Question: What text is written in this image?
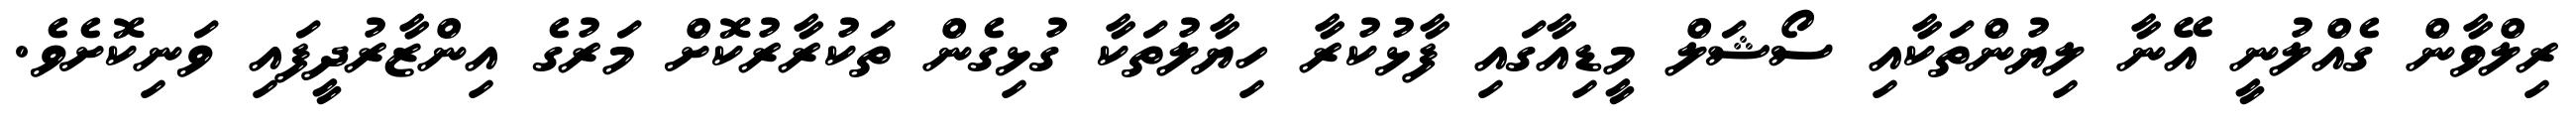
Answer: ރިލްވާން ގެއްލުނީ އޭނާ ލިޔުންތަކާއި ސޯޝަލް މީޑިއާގައި ފާޅުކުރާ ހިޔާލުތަކާ ގުޅިގެން ތަކުރާރުކޮށް މަރުގެ އިންޒާރުދީފައި ވަނިކޮށެވެ.